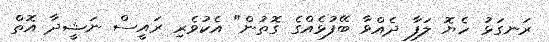
ރަނގަޅު ހެޔޮ ލަފާ ދެއްވާ ބޭފުޅެއްގެ ގޮތުން" އެކުވެރި ރައީސް ނަޝީދާ އޮތް